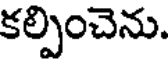
కల్పించెను.